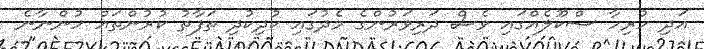
އަދި ހުރިހާ ސްކޫލެއްގައި ވެސް ދަރިވަރުންގެ މެދުގައި ކުދިކުދި ތަފާތު ކުރުންތައް ހުންނާނެ